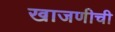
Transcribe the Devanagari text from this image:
खाजणीची